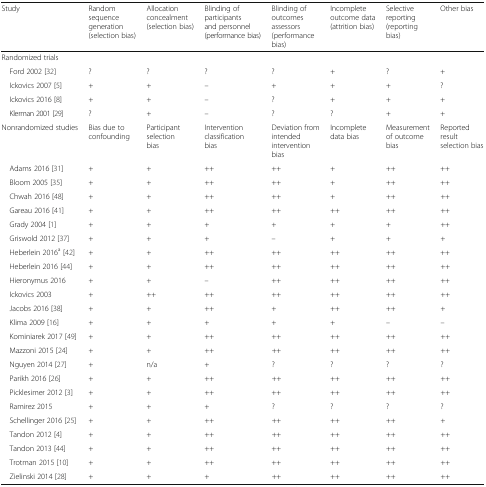
<table><thead><tr><td><b>Study</b></td><td><b>Random sequence generation (selection bias)</b></td><td><b>Allocation concealment (selection bias)</b></td><td><b>Blinding of participants and personnel (performance bias)</b></td><td><b>Blinding of outcomes assessors (performance bias)</b></td><td><b>Incomplete outcome data (attrition bias)</b></td><td><b>Selective reporting (reporting bias)</b></td><td><b>Other bias</b></td></tr></thead><tbody><tr><td>Randomized trials</td><td></td><td></td><td></td><td></td><td></td><td></td><td></td></tr><tr><td> Ford 2002 [32]</td><td>?</td><td>?</td><td>?</td><td>?</td><td>+</td><td>?</td><td>+</td></tr><tr><td> Ickovics 2007 [5]</td><td>+</td><td>+</td><td>–</td><td>+</td><td>+</td><td>+</td><td>?</td></tr><tr><td> Ickovics 2016 [8]</td><td>+</td><td>+</td><td>–</td><td>?</td><td>+</td><td>+</td><td>+</td></tr><tr><td> Klerman 2001 [29]</td><td>?</td><td>+</td><td>–</td><td>?</td><td>?</td><td>+</td><td>+</td></tr><tr><td>Nonrandomized studies</td><td>Bias due to confounding</td><td>Participant selection bias</td><td>Intervention classification bias</td><td>Deviation from intended intervention bias</td><td>Incomplete data bias</td><td>Measurement of outcome bias</td><td>Reported result selection bias</td></tr><tr><td> Adams 2016 [31]</td><td>+</td><td>+</td><td>++</td><td>++</td><td>+</td><td>++</td><td>++</td></tr><tr><td> Bloom 2005 [35]</td><td>+</td><td>+</td><td>++</td><td>++</td><td>+</td><td>++</td><td>++</td></tr><tr><td> Chwah 2016 [48]</td><td>+</td><td>+</td><td>++</td><td>++</td><td>+</td><td>++</td><td>++</td></tr><tr><td> Gareau 2016 [41]</td><td>+</td><td>+</td><td>++</td><td>++</td><td>++</td><td>++</td><td>++</td></tr><tr><td> Grady 2004 [1]</td><td>+</td><td>+</td><td>+</td><td>+</td><td>+</td><td>+</td><td>++</td></tr><tr><td> Griswold 2012 [37]</td><td>+</td><td>+</td><td>+</td><td>–</td><td>+</td><td>+</td><td>+</td></tr><tr><td> Heberlein 2016<sup>a</sup> [42]</td><td>+</td><td>+</td><td>++</td><td>++</td><td>++</td><td>++</td><td>++</td></tr><tr><td> Heberlein 2016 [44]</td><td>+</td><td>+</td><td>++</td><td>++</td><td>++</td><td>++</td><td>++</td></tr><tr><td> Hieronymus 2016</td><td>+</td><td>+</td><td>–</td><td>++</td><td>++</td><td>++</td><td>++</td></tr><tr><td> Ickovics 2003</td><td>+</td><td>++</td><td>++</td><td>++</td><td>++</td><td>++</td><td>++</td></tr><tr><td> Jacobs 2016 [38]</td><td>+</td><td>+</td><td>++</td><td>+</td><td>++</td><td>++</td><td>+</td></tr><tr><td> Klima 2009 [16]</td><td>+</td><td>+</td><td>+</td><td>+</td><td>+</td><td>–</td><td>–</td></tr><tr><td> Kominiarek 2017 [49]</td><td>+</td><td>+</td><td>++</td><td>++</td><td>++</td><td>++</td><td>++</td></tr><tr><td> Mazzoni 2015 [24]</td><td>+</td><td>+</td><td>++</td><td>++</td><td>++</td><td>++</td><td>++</td></tr><tr><td> Nguyen 2014 [27]</td><td>+</td><td>n/a</td><td>+</td><td>?</td><td>?</td><td>?</td><td>?</td></tr><tr><td> Parikh 2016 [26]</td><td>+</td><td>+</td><td>++</td><td>++</td><td>++</td><td>++</td><td>++</td></tr><tr><td> Picklesimer 2012 [3]</td><td>+</td><td>+</td><td>++</td><td>++</td><td>++</td><td>++</td><td>++</td></tr><tr><td> Ramirez 2015</td><td>+</td><td>+</td><td>+</td><td>?</td><td>?</td><td>?</td><td>?</td></tr><tr><td> Schellinger 2016 [25]</td><td>+</td><td>+</td><td>++</td><td>++</td><td>++</td><td>++</td><td>+</td></tr><tr><td> Tandon 2012 [4]</td><td>+</td><td>+</td><td>++</td><td>++</td><td>++</td><td>++</td><td>++</td></tr><tr><td> Tandon 2013 [44]</td><td>+</td><td>+</td><td>++</td><td>++</td><td>++</td><td>++</td><td>++</td></tr><tr><td> Trotman 2015 [10]</td><td>+</td><td>+</td><td>++</td><td>++</td><td>++</td><td>++</td><td>++</td></tr><tr><td> Zielinski 2014 [28]</td><td>+</td><td>+</td><td>+</td><td>++</td><td>++</td><td>++</td><td>++</td></tr></tbody></table>